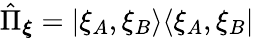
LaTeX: \hat{\Pi}_{\boldsymbol{\xi}}=|\xi_{A},\xi_{B}\rangle\langle\xi_{A},\xi_{B}|